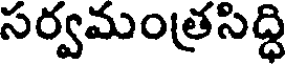
సర్వమంత్రసిద్ధి